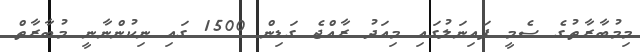
މިމުބާރާތުގެ ސެމީ ފައިނަލުގައި މިއަދު ރާއްޖެ ގަޑިން 1500 ގައި ނިކުންނާނީ މުބާރާތް